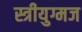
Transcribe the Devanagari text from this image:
स्त्रीयुग्मज